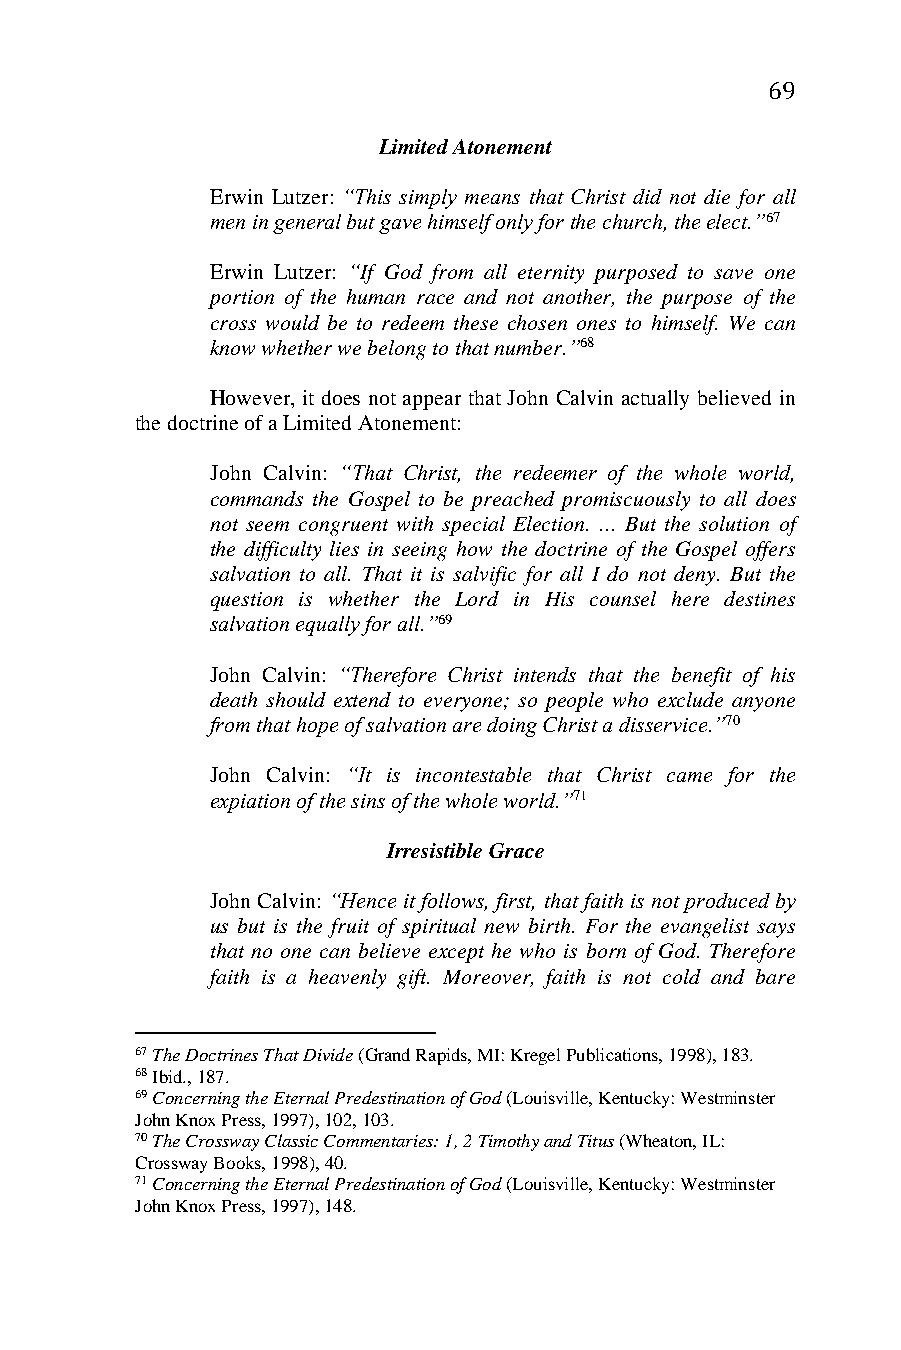
69
 Limited Atonement
 Erwin Lutzer: “This simply means that Christ did not die for all
 men in general but gave himself only for the church, the elect.”67
 Erwin Lutzer: “If God from all eternity purposed to save one
 portion of the human race and not another, the purpose of the
 cross would be to redeem these chosen ones to himself. We can
 know whether we belong to that number.”68
 However, it does not appear that John Calvin actually believed in
 the doctrine of a Limited Atonement:
 John Calvin: “That Christ, the redeemer of the whole world,
 commands the Gospel to be preached promiscuously to all does
 not seem congruent with special Election. ... But the solution of
 the difficulty lies in seeing how the doctrine of the Gospel offers
 salvation to all. That it is salvific for all I do not deny. But the
 question is whether the Lord in His counsel here destines
 salvation equally for all.”69
 John Calvin: “Therefore Christ intends that the benefit of his
 death should extend to everyone; so people who exclude anyone
 from that hope of salvation are doing Christ a disservice.”70
 John Calvin: “It is incontestable that Christ came for the
 expiation of the sins of the whole world.”71
 Irresistible Grace
 John Calvin: “Hence it follows, first, that faith is not produced by
 us but is the fruit of spiritual new birth. For the evangelist says
 that no one can believe except he who is born of God. Therefore
 faith is a heavenly gift. Moreover, faith is not cold and bare
 67 The Doctrines That Divide (Grand Rapids, MI: Kregel Publications, 1998), 183.
 68 Ibid., 187.
 69 Concerning the Eternal Predestination of God (Louisville, Kentucky: Westminster
 John Knox Press, 1997), 102, 103.
 70 The Crossway Classic Commentaries: 1, 2 Timothy and Titus (Wheaton, IL:
 Crossway Books, 1998), 40.
 71 Concerning the Eternal Predestination of God (Louisville, Kentucky: Westminster
 John Knox Press, 1997), 148.